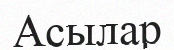
Асылар